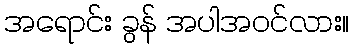
အရောင်း ခွန် အပါအဝင်လား။